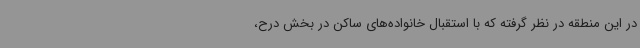
در این منطقه در نظر گرفته که با استقبال خانواده‌های ساکن در بخش درح،